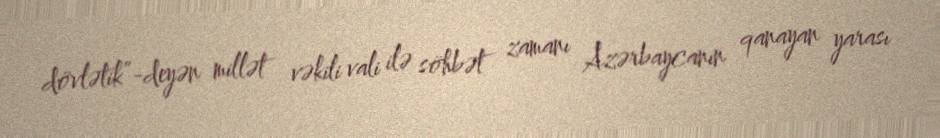
dövlətik”-deyən millət vəkili vali ilə söhbət zamanı Azərbaycanın qanayan yarası